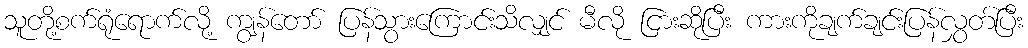
သူတို့စက်ရုံရောက်လို့ ကျွန်တော် ပြန်သွားကြောင်းသိလျှင် မီလို ငြားဆိုပြီး ကားကိုချက်ချင်းပြန်လွှတ်ပြီး